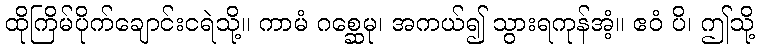
ထိုကြိမ်ပိုက်ချောင်းငရဲသို့။ ကာမံ ဂစ္ဆေမု၊ အကယ်၍ သွားရကုန်အံ့။ ဧဝံ ပိ၊ ဤသို့